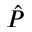
\hat { P }